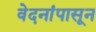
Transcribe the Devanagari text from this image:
वेदनांपासून